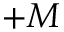
+ M